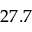
2 7 . 7